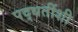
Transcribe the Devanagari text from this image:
पद्धतींशी